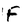
Character: F